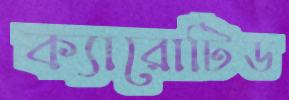
ক্যারোটিড